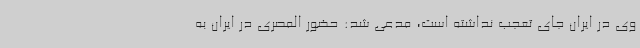
وی در ایران جای تعجب نداشته است، مدعی شد: حضور المصری در ایران به